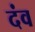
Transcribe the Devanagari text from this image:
दंव